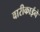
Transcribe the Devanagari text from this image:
बारीकाईने